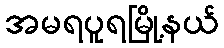
အမရပူရမြို့နယ်